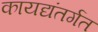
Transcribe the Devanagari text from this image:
कायद्यंतर्गत